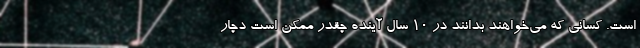
است. کسانی که می‌خواهند بدانند در ۱۰ سال آینده چقدر ممکن است دچار